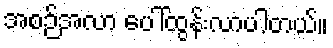
အစဉ်အလာ ပေါ်ထွန်းလာပါတယ်။